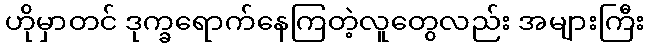
ဟိုမှာတင် ဒုက္ခရောက်နေကြတဲ့လူတွေလည်း အများကြီး